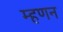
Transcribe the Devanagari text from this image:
म्हणन